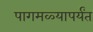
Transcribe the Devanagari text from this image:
पागमळ्यापर्यंत